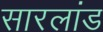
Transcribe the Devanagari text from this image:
सारलांड